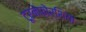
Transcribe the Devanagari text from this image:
टूरनेफ़ोर्शिया